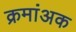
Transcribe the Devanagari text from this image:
क्रमांअक